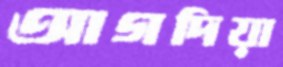
আগদিয়া